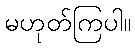
မဟုတ်ကြပါ။